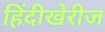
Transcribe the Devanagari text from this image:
हिंदीखेरीज